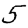
Digit: 5